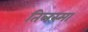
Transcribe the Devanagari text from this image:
तिलस्मा